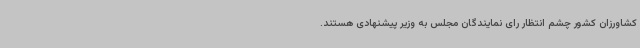
کشاورزان کشور چشم انتظار رای نمایندگان مجلس به وزیر پیشنهادی هستند.